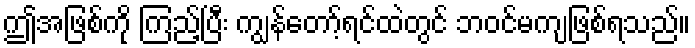
ဤအဖြစ်ကို ကြည့်ပြီး ကျွန်တော့်ရင်ထဲတွင် ဘဝင်မကျဖြစ်ရသည်။